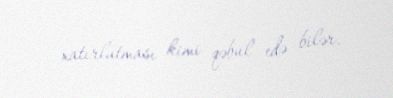
xatırlatması kimi qəbul edə bilər.